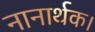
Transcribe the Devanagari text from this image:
नानार्थक।